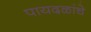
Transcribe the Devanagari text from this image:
पायदळांचे